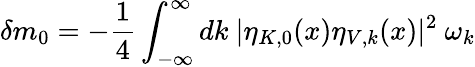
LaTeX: \delta m_{0}=-\frac{1}{4}\int_{-\infty}^{\infty}dk~|\eta_{K,0}(x)\eta_{V,k}(x)|^{2}~\omega_{k}